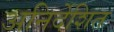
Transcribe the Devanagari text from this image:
अनिर्देशित